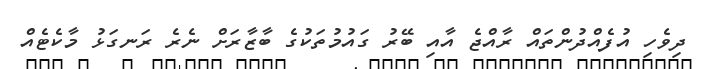
ދިވެހި އުފެއްދުންތައް ރާއްޖެ އާއި ބޭރު ގައުމުތަކުގެ ބާޒާރަށް ނެރެ ރަނގަޅު މާކެޓެއް